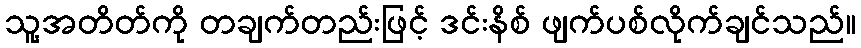
သူ့အတိတ်ကို တချက်တည်းဖြင့် ဒင်းနိစ် ဖျက်ပစ်လိုက်ချင်သည်။